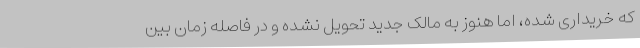
که خریداری شده، اما هنوز به مالک جدید تحویل نشده و در فاصله زمان بین